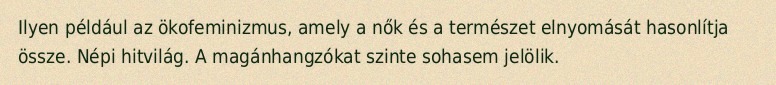
Ilyen például az ökofeminizmus, amely a nők és a természet elnyomását hasonlítja össze. Népi hitvilág. A magánhangzókat szinte sohasem jelölik.